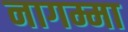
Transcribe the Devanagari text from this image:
नागम्मा